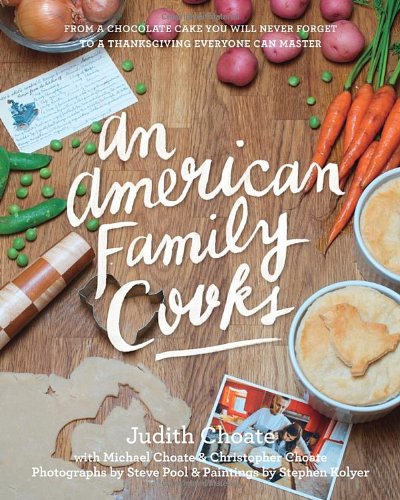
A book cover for An American Family Cooks: From a Chocolate Cake You Will Never Forget to a Thanksgiving Everyone Can Master; Judith Choate; Cookbooks, Food & Wine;